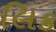
લિક